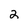
Character: 2